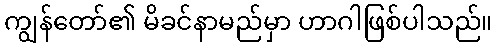
ကျွန်တော်၏ မိခင်နာမည်မှာ ဟာဂါဖြစ်ပါသည်။